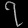
Digit: ၇